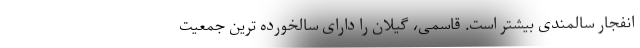
انفجار سالمندی بیشتر است. قاسمی، گیلان را دارای سالخورده ترین جمعیت